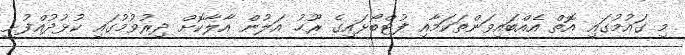
މި ގައުމުގައި އޮތް އެއްބައިވަންތަކަމާއި ފުޓްބޯޅައިގެ ރޫޙު އަލުން އާލާކޮށް ދިރުވުމުގައި ކުޅުދުއްފުށީ